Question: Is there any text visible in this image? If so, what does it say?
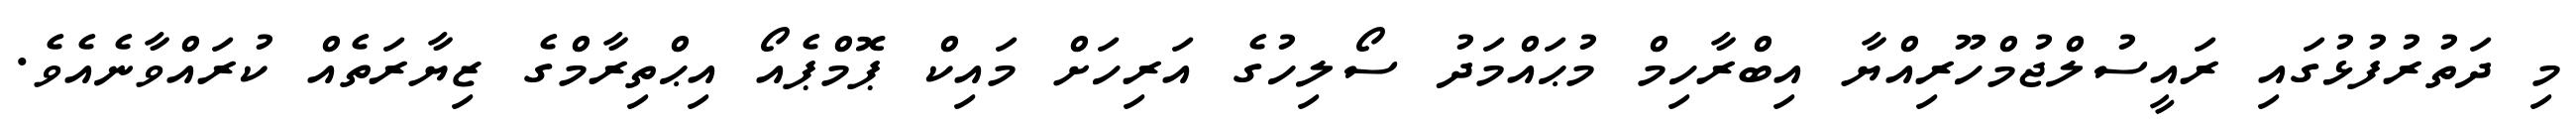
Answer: މި ދަތުރުފުޅުގައި ރައީސުލްޖުމްހޫރިއްޔާ އިބްރާހިމް މުޙައްމަދު ސޯލިހުގެ އަރިހަށް މައިކް ޕޮމްޕެއޯ އިޙްތިރާމްގެ ޒިޔާރަތެއް ކުރައްވާނެއެވެ.